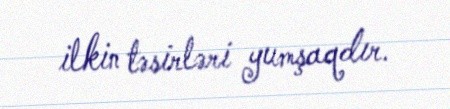
ilkin təsirləri yumşaqdır.